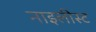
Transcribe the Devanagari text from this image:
नाइलीस्ट